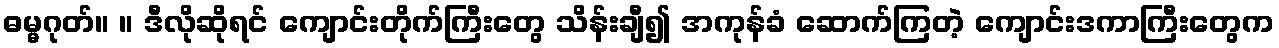
ဓမ္မဂုတ်။ ။ ဒီလိုဆိုရင် ကျောင်းတိုက်ကြီးတွေ သိန်းချီ၍ အကုန်ခံ ဆောက်ကြတဲ့ ကျောင်းဒကာကြီးတွေက